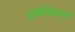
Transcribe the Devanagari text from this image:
हृद्यविकास